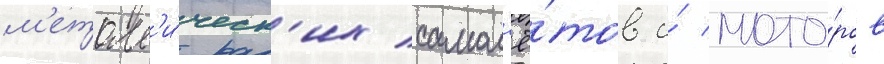
м'еталл'и́ческ'их самол'ё́тов и́ мото́ров